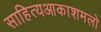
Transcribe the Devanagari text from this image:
साहित्‍यआकाशमलो